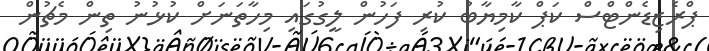
ޕްރެޒިޑެންޓްސް ކަޕް ކާމިޔާބު ކުރި ފަހުން ލީގުގައި މިހާތަނަށް ކުޅުނު ތިން މެޗުން